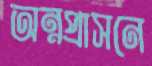
অন্নপ্রাসনে